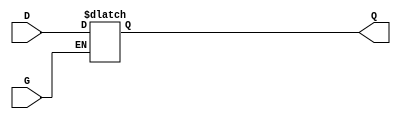
module gated_transparent_latch (
    input wire D,      // Data input
    input wire G,      // Gate control signal
    output reg Q       // Output
);

    always @(*) begin
        if (G) begin
            Q = D;     // When G is high, Q follows D
        end
        // When G is low, Q holds its previous value (implicit behavior of reg)
    end

endmodule